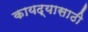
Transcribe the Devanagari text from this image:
कायद्यासाठी